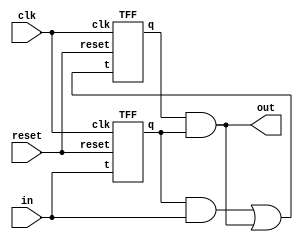
`timescale 1ns/1ps

module FSM_1( clk, reset, in, out );

input	clk, reset;
input	in;
output	out;
wire	a, b;
wire	t0, t1, t2;


and		a0( t0, b, in );
and		a1(	t1, a, b );
or		o0( t2, t0, t1); // t2 = b(in + a)
TFF		T0( .clk(clk), .reset(reset), .t(t2), .q(a) );
TFF		T1( .clk(clk), .reset(reset), .t(in), .q(b) );
and		a2( out, a, b );

endmodule


module TFF( clk, reset, t, q );

input	clk, reset;
input	t;
output	q;
reg		q;
wire	d;

xor	x0( d, t, q);

always@( posedge clk, posedge reset)
begin
	
	if(reset)
		q <= 1'b0;
	else
		q <= d; // q_next = q t_bar + t q_bar
		
end 

endmodule